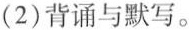
(2)背诵与默写。